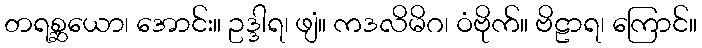
တရစ္ဆယော၊ အောင်း။ ဥဒ္ဒါရ၊ ဖျံ။ ကဒလိမိဂ၊ ဝံဗိုက်။ ဗိဠာရ၊ ကြောင်။